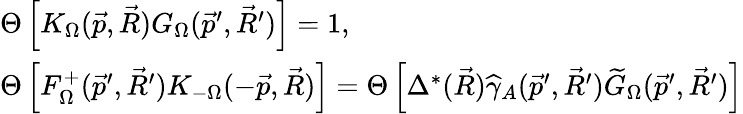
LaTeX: \begin{array}{l}{{\Theta\left[K_{\Omega}(\vec{p},\vec{R})G_{\Omega}(\vec{p}^{\prime},\vec{R}^{\prime})\right]=1,}}\\ {{\Theta\left[F_{\Omega}^{+}(\vec{p}^{\prime},\vec{R}^{\prime})K_{-\Omega}(-\vec{p},\vec{R})\right]=\Theta\left[\Delta^{*}(\vec{R})\widehat{\gamma}_{A}(\vec{p}^{\prime},\vec{R}^{\prime})\widetilde{G}_{\Omega}(\vec{p}^{\prime},\vec{R}^{\prime})\right]}}\end{array}